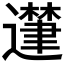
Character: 𮟘